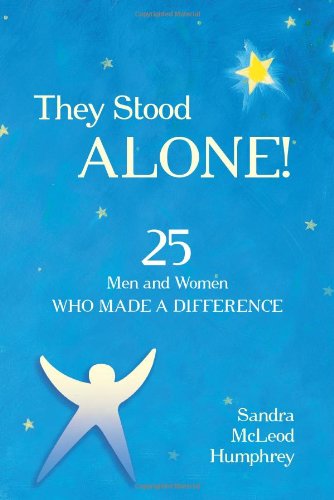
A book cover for They Stood Alone!: 25 Men and Women Who Made a Difference; Sandra Mcleod Humphrey; Teen & Young Adult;